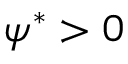
\psi ^ { * } > 0